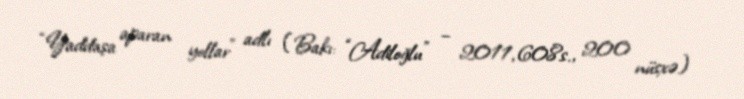
“Yaddaşa aparan yollar” adlı (Bakı: “Adiloğlu” – 2011, 608s., 200 nüsxə)